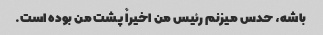
باشه، حدس میزنم رئیس من اخیراً پشت من بوده است.